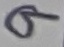
Text: 9